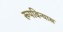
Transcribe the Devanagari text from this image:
रूपविन्यास